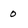
Character: 0